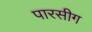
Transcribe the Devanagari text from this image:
पारसीग